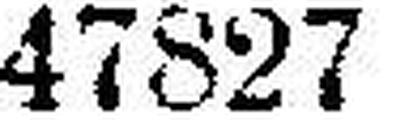
47827